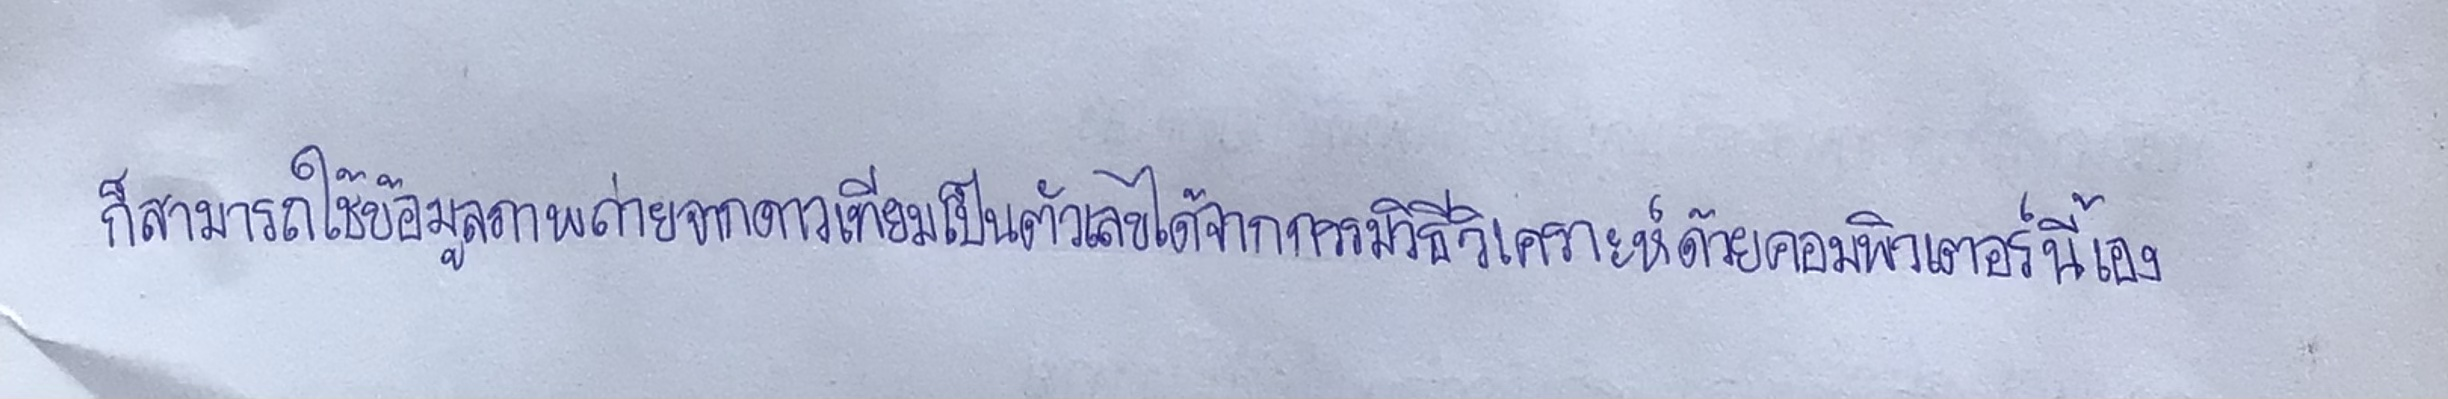
ก็สามารถใช้ข้อมูลภาพถ่ายจากดาวเทียมเป็นตัวเลขได้จากกรรมวิธีวิเคราะห์ด้วยคอมพิวเตอร์นี้เอง